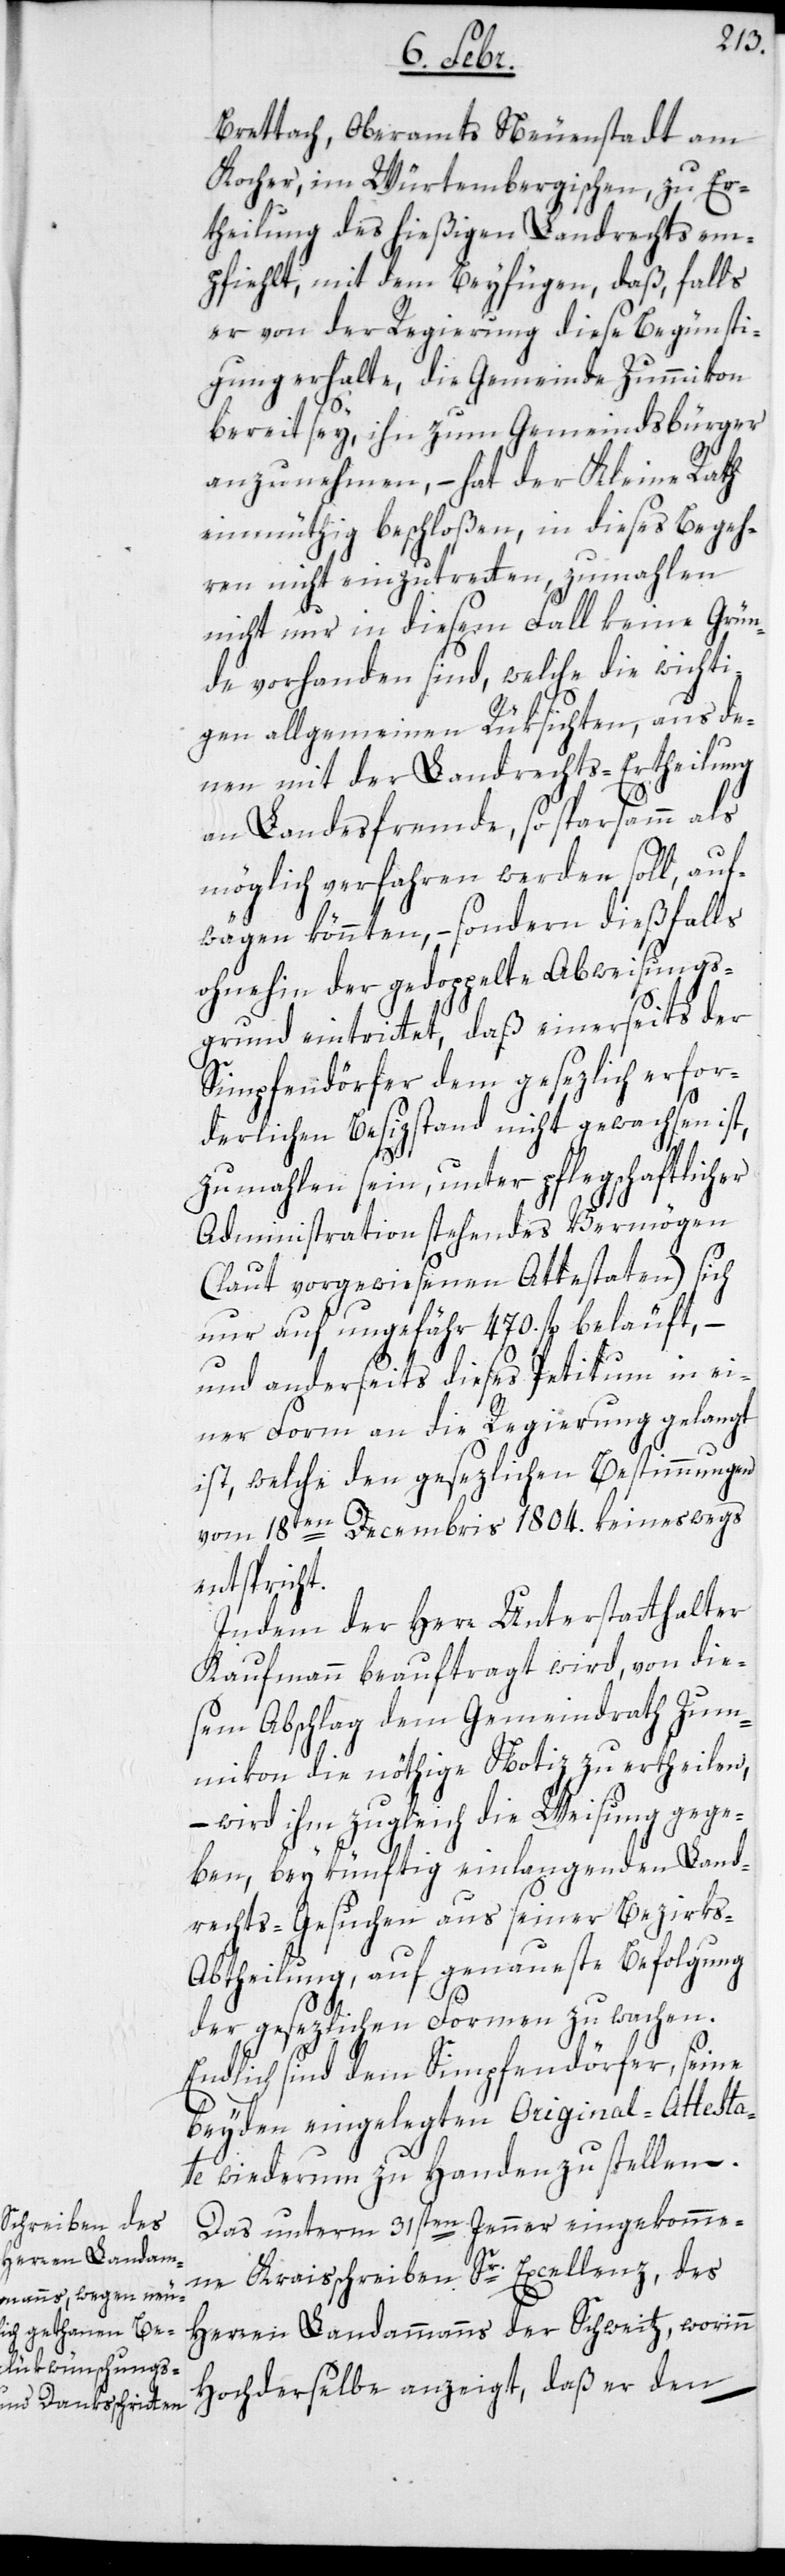
Brettlach, Oberamts Neuenstadt am
Kocher, im Würtembergischen, zu Er¬
theilung des hießigen Landrechts em¬
pfiehlt, mit dem Beyfügen, daß, falls
er von der Regierung diese Begünsti¬
gung erhalte, die Gemeinde Zummikon
bereit sey, ihn zum Gemeindsbürger
anzunehmen, – hat der Kleine Rath
einmüthig beschloßen, in dieses Begeh¬
ren nicht einzutretten, zumahlen
nicht nur in diesem Fall keine Grün¬
de vorhanden sind, welche die wichti¬
gen allgemeinen Rüksichten, aus de¬
nen mit der Landrechts-Ertheilung
an Landesfremde, so sparsamm als
möglich verfahren werden soll, auf¬
wägen könnten, – sondern dießfalls
ohnehin der gedoppelte Abweisungs¬
grund eintrittet, daß einerseits der
Simpfendörfer dem gesezlich erfor¬
derlichen Besizstand nicht gewachsen ist,
zumahlen sein, unter pflegschaftlicher
(laut vorgewiesenen Attestaten) sich
nur auf ungefähr 470. fl. beläuft, –
und anderseits dieses Petitum in ei¬
ner Form an die Regierung gelangt
ist, welche den gesezlichen Bestimmungen
vom 18ten Decembris 1804. keineswegs
entspricht.
Indem der Herr Unterstatthalter
Kaufmann beauftragt wird, von die¬
sem Abschlag dem Gemeindrath Zum¬
ikon die nöthige Notiz zu ertheilen,
– wird ihm zugleich die Weisung gege¬
ben, bey künftig einlangenden Land¬
rechts-Gesuchen aus seiner Bezirk¬
s-Abtheilung, auf genaueste Befolgung
der gesezlichen Formen zu wachen.
Endlich sind dem Simpfendörfer seine
beyden eingelegten Original-Attesta¬
te wiederum zu Handen zu stellen.
Das unterm 31sten Jenner eingekomme¬
ne Kraisschreiben Sr. Excellenz, des
Herren Landammanns der Schweitz, worinn
Hochderselbe anzeigt, daß er den